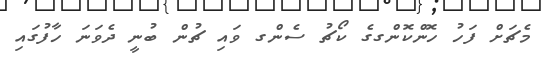
މެޗަށް ފަހު ހޮންކޮންގގެ ކޯޗު ސެންގ ވައި ޗުން ބުނީ ދެވަނަ ހާފުގައި